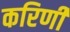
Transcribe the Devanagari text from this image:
करिणी